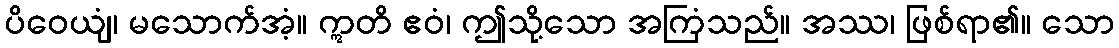
ပိဝေယျံ၊ မသောက်အံ့။ ဣတိ ဧဝံ၊ ဤသို့သော အကြံသည်။ အဿ၊ ဖြစ်ရာ၏။ သော